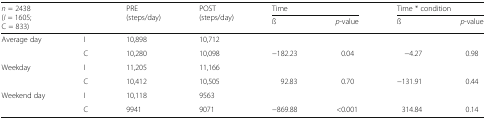
| <ROWSPAN=2> n = 2438(I = 1605;C = 833) | <ROWSPAN=2>  | <ROWSPAN=2> PRE(steps/day) | <ROWSPAN=2> POST(steps/day) | <COLSPAN=2> Time | <COLSPAN=2> Time * condition |
 | ß | p-value | ß | p-value |
 | --- | --- | --- | --- | --- | --- | --- | --- |
 | Average day | I | 10,898 | 10,712 |  |  |  |  |
 |  | C | 10,280 | 10,098 | −182.23 | 0.04 | −4.27 | 0.98 |
 | Weekday | I | 11,205 | 11,166 |  |  |  |  |
 |  | C | 10,412 | 10,505 | 92.83 | 0.70 | −131.91 | 0.44 |
 | Weekend day | I | 10,118 | 9563 |  |  |  |  |
 |  | C | 9941 | 9071 | −869.88 | <0.001 | 314.84 | 0.14 |